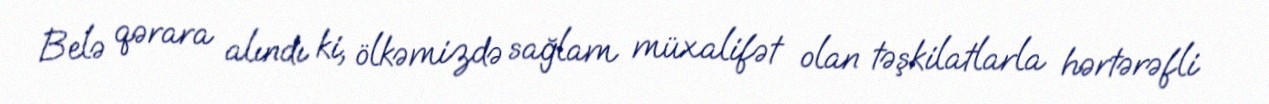
Belə qərara alındı ki, ölkəmizdə sağlam müxalifət olan təşkilatlarla hərtərəfli